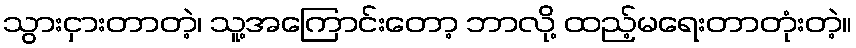
သွားငှားတာတဲ့၊ သူ့အကြောင်းတော့ ဘာလို့ ထည့်မရေးတာတုံးတဲ့။